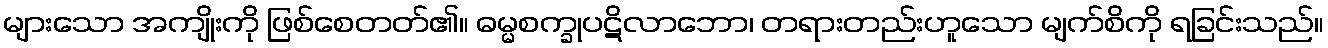
များသော အကျိုးကို ဖြစ်စေတတ်၏။ ဓမ္မစက္ခုပဋိလာဘော၊ တရားတည်းဟူသော မျက်စိကို ရခြင်းသည်။